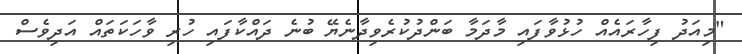
"މިއަދު ފިހާރައެއް ހުޅުވާފައި މާދަމާ ބަންދުކުރެވިދާނެޔޭ ބުނެ ދައްކާފައި ހުރި ވާހަކަތައް އަދިވެސް